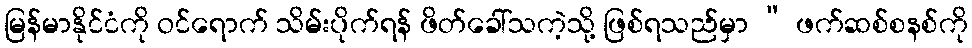
မြန်မာနိုင်ငံကို ဝင်ရောက် သိမ်းပိုက်ရန် ဖိတ်ခေါ်သကဲ့သို့ ဖြစ်ရသည်မှာ “ ဖက်ဆစ်စနစ်ကို